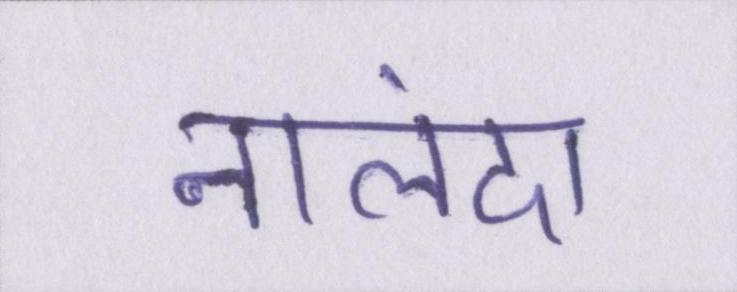
नालंदा